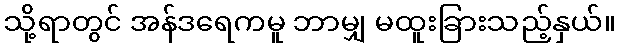
သို့ရာတွင် အန်ဒရေကမူ ဘာမျှ မထူးခြားသည့်နှယ်။